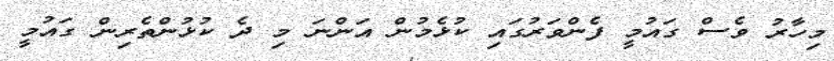
މިހާރު ވެސް ގައުމީ ފެންވަރުގައި ކުޅެމުން އަންނަ މި ދެ ކުޅުންތެރިން ގައުމީ